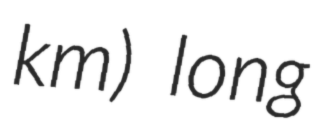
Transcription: km) long